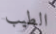
الطيب